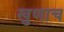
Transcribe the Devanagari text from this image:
खुणाच